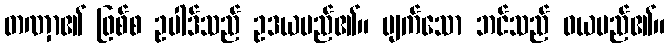
တဏှာ၏ ဖြစ်စ ဥပါဒ်သည် ဥဒယမည်၏။ ပျက်သော ဘင်သည် ဝယမည်၏။